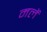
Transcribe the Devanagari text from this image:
मलें